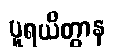
ပူရယိတွာန